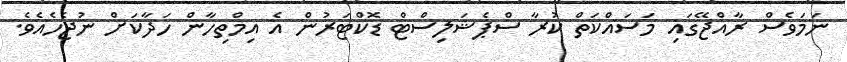
ނަމަވެސް ރާއްޖޭގައި މަސައްކަތް ކުރާ ސްޕެޝަލިސްޓް ޑޮކްޓަރުން އެ އިމްތިހާން ހަދާކަށް ނުޖެހެއެވެ.